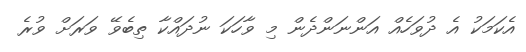
އެކަމަކު އެ ދުވަހެއް އަންނަންދެން މި ވާހަކަ ނުދައްކާ ތިބެވޭ ވަރަށް ވުރެ